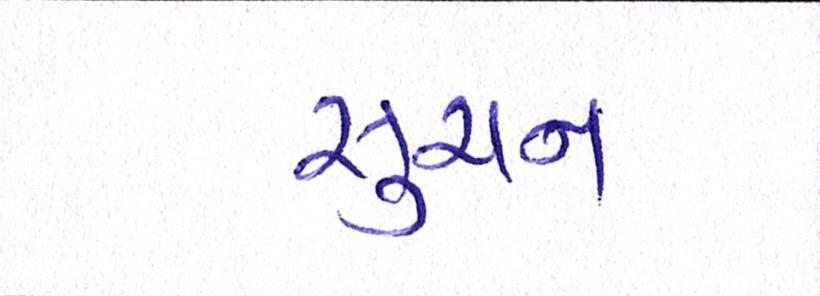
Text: સુચન